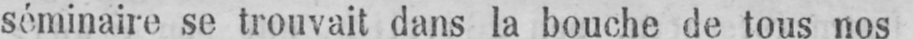
séminaire se trouvait dans la bouche de tous nos